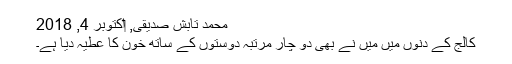
محمد تابش صدیقی, ‏اکتوبر 4, 2018
کالج کے دنوں میں میں نے بھی دو چار مرتبہ دوستوں کے ساتھ خون کا عطیہ دیا ہے۔